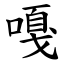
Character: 嘎